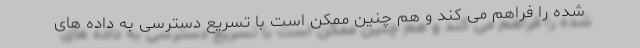
شده را فراهم می کند و هم چنین ممکن است با تسریع دسترسی به داده های